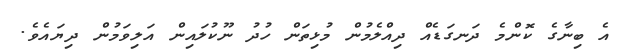
އެ ބިނާގެ ކޮންމެ ދަނގަޑެއް ދިއްލެމުން މުޅިތަން ހުދު ނޫކުލައިން އަލިވަމުން ދިޔައެވެ.